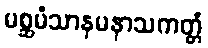
မစ္ဆမံသာနမနာသကတ္တံ